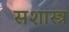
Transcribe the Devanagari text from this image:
सशास्त्र